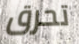
تحرق